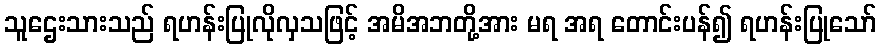
သူဌေးသားသည် ရဟန်းပြုလိုလှသဖြင့် အမိအဘတို့အား မရ အရ တောင်းပန်၍ ရဟန်းပြုသော်